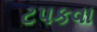
ટપકવા